Statistics compiled by the Government of India from the reports of provincial Civil Veterinary Departments
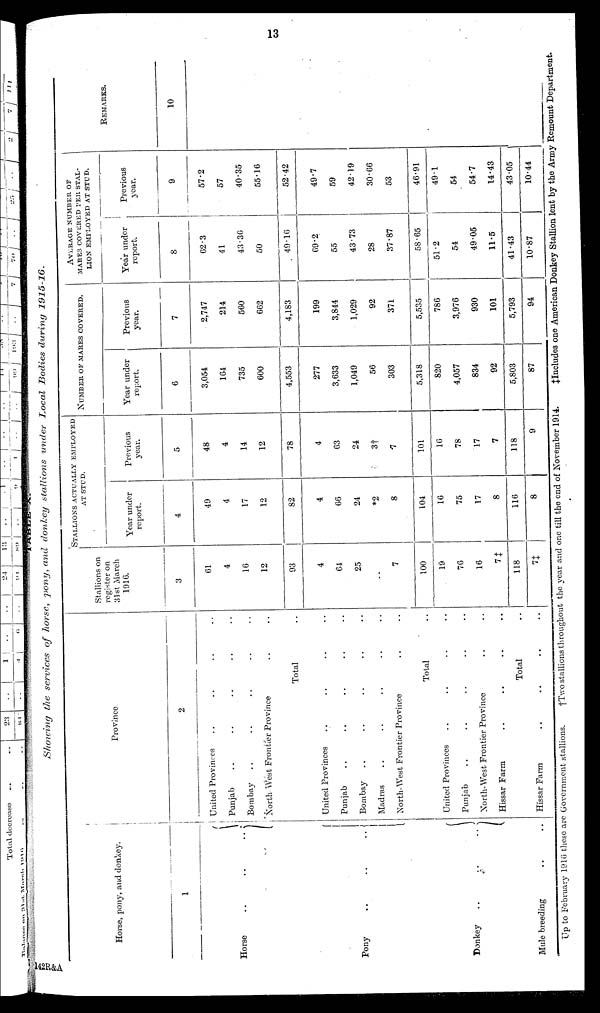
13
TABLE
X.
Showing the services of horse, pony, and donkey stallions under Local Bodies during
1915-16.
Horse, pony, and donkey.
1
Horse
..
..
..
Pony .. .. ..
Donkey .. .. ..
Mule breeding .. .. ..
Province.
2
United Provinces .. .. .. ..
Punjab .. .. .. .. ..
Bombay .. .. .. .. ..
North- West Frontier Province .. ..
Total ..
United Provinces .. .. .. ..
Punjab .. .. .. .. ..
Bombay .. .. .. .. ..
Madras .. .. .. .. ..
North-West Frontier Province .. ..
Total ..
United Provinces .. .. .. ..
Punjab .. .. .. .. ..
North-West Frontier Province .. ..
Hissar Farm .. .. .. ..
Total ..
Hissar Farm .. .. .. ..
Stallions on
register on
31st March
1916.
3
61
4
16
12
93
4
64
25
..
7
100
19
76
16
7‡
118
7‡
STALLION ACTUALLY EMPLOYED
AT STUD.
Year under
report.
4
49
4
17
12
82
4
66
24
*2
8
104
16
75
17
8
116
8
Previous
year.
5
48
4
14
12
78
4
63
24
3†
7
101
16
78
17
7
118
9
NUMBER OF MARES COVERED.
Year under
report.
6
3,054
164
735
600
4,553
277
3,633
1,049
56
303
5,318
820
4,057
834
92
5,803
87
Previous
year.
7
2,747
214
560
662
4,183
199
3,844
1,029
92
371
5,535
786
3,976
930
101
5,793
94
AVERAGE NUMBER OF
MAKES COVERED PER STAL-
LION EMPLOYED AT STUD.
Year under
report.
8
62.3
41
43.36
50
49.16
69.2
55
43.73
28
37.87
58.65
51.2
54
49.05
11.5
41.43
10.87
Previous
year.
9
57.2
57
40.35
55.16
52.42
49.7
59
42.19
30.66
53
46.91
49.1
54
54.7
14.43
43.05
10.44
REMARKS.
10
Up to February 1916 these are Government stallions. †Two stallions throughout the year and one till the end of November 1914. ‡Includes one American Donkey Stallion lent by the Army Remount Department.